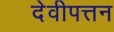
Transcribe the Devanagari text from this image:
देवीपत्तन